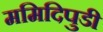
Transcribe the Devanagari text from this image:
ममिदिपुडी